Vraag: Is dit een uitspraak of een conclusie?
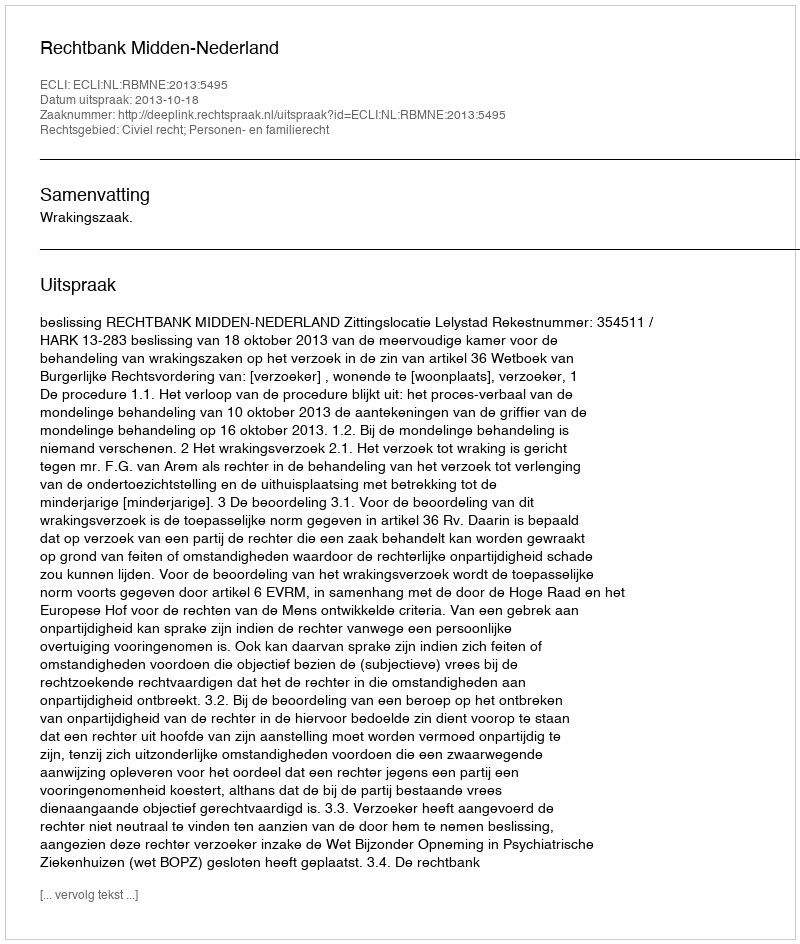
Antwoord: Uitspraak